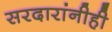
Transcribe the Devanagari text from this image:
सरदारांनीही